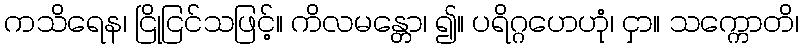
ကသိရေန၊ ငြိုငြင်သဖြင့်။ ကိလမန္တော၊ ၍။ ပရိဂ္ဂဟေဟုံ၊ ငှာ။ သက္ကောတိ၊